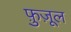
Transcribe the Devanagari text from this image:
फ़ुज़ूल